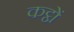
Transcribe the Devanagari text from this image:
कट्ठों